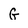
Character: G